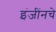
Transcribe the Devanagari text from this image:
इंजींनचे